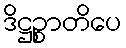
ဒိဋ္ဌဉ္စာတိပေ